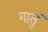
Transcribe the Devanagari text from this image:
गातुं